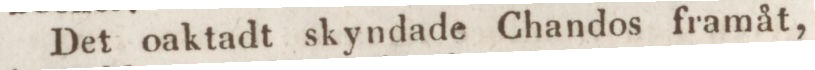
Det oaktadt skyndade Chandos framåt,